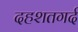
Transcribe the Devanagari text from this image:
दहशतगर्द